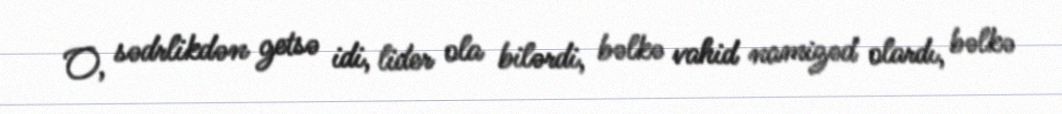
O, sədrlikdən getsə idi, lider ola bilərdi, bəlkə vahid namizəd olardı, bəlkə